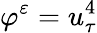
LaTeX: \varphi^{\varepsilon}=u_{\tau}^{4}